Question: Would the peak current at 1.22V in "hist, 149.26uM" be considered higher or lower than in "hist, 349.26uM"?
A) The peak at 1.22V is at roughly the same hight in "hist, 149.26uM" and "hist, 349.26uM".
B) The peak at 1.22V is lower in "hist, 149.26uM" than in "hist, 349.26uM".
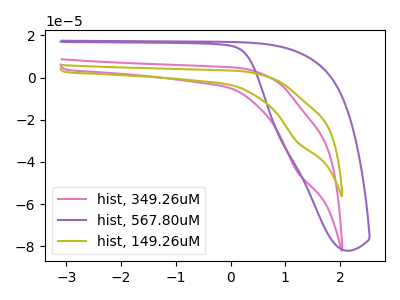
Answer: <think>The pink curve "hist, 349.26uM" has a cathodic peak at: (1.20V, -44.55uA). The purple curve "hist, 567.80uM" has no peaks. The olive curve "hist, 149.26uM" has a cathodic peak at: (1.20V, -30.50uA).</think>
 <answer>B) The peak at 1.22V is lower in "hist, 149.26uM" than in "hist, 349.26uM".</answer>
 <eval>B</eval>